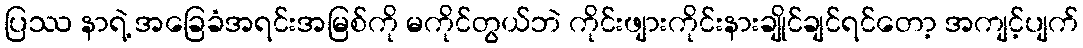
ပြဿ နာရဲ့ အခြေခံအရင်းအမြစ်ကို မကိုင်တွယ်ဘဲ ကိုင်းဖျားကိုင်းနားချိုင်ချင်ရင်တော့ အကျင့်ပျက်